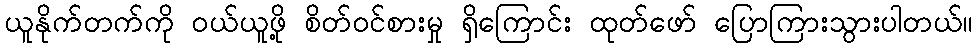
ယူနိုက်တက်ကို ဝယ်ယူဖို့ စိတ်ဝင်စားမှု ရှိကြောင်း ထုတ်ဖော် ပြောကြားသွားပါတယ်။